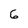
Character: 6